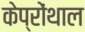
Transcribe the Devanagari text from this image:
केप्रोंथाल